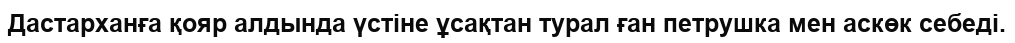
Дастарханға қояр алдында үстіне ұсақтан турал ған петрушка мен аскөк себеді.